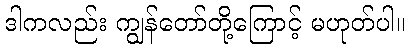
ဒါကလည်း ကျွန်တော်တို့ကြောင့် မဟုတ်ပါ။